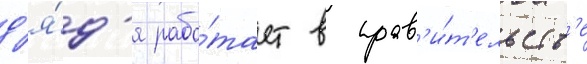
д'я́д'я рабо́тает в прав'и́т'ельств'е